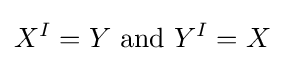
X^{I}=Y{\mbox{ and }}Y^{I}=X